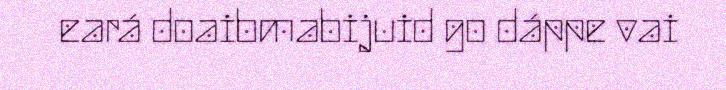
eará doaibmabijuid go dáppe vai